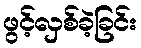
ဖွင့်လှစ်ခဲ့ခြင်း